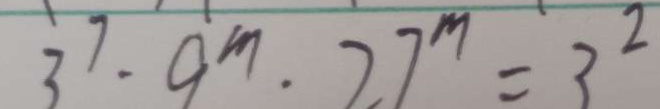
3 ^ { 7 } \cdot 9 ^ { m } \cdot 2 7 ^ { m } = 3 ^ { 2 }